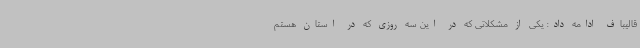
قالیباف ادامه داد: یکی از مشکلاتی که در این سه روزی که در استان هستم